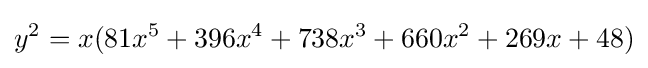
y^{2}=x(81x^{5}+396x^{4}+738x^{3}+660x^{2}+269x+48)